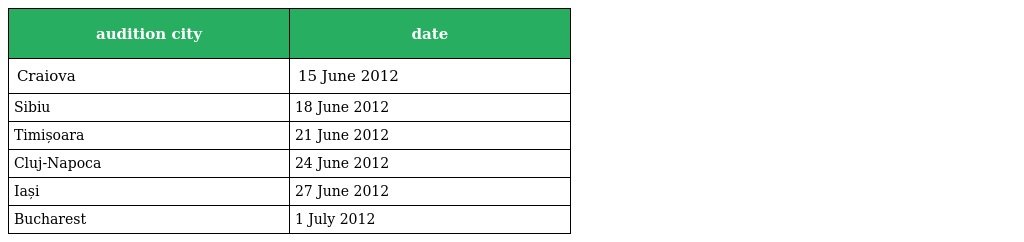
| audition city | date |
 | --- | --- |
 | Craiova | 15 June 2012 |
 | Sibiu | 18 June 2012 |
 | Timișoara | 21 June 2012 |
 | Cluj-Napoca | 24 June 2012 |
 | Iași | 27 June 2012 |
 | Bucharest | 1 July 2012 |